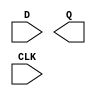
module sky130_fd_sc_hvl__dfxtp (
    //# {{data|Data Signals}}
    input  D  ,
    output Q  ,

    //# {{clocks|Clocking}}
    input  CLK
);

    // Voltage supply signals
    supply1 VPWR;
    supply0 VGND;
    supply1 VPB ;
    supply0 VNB ;

endmodule